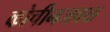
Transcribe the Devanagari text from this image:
कोचीनजवळ